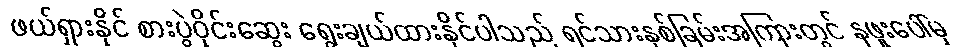
ဖယ်ရှားနိုင် စားပွဲဝိုင်းဆွေး ရွေးချယ်ထားနိုင်ပါသည် ရင်သားနှစ်ခြမ်းအကြားတွင် နဖူးပေါ်မှ